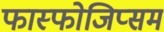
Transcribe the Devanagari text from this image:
फास्फोजिप्सम